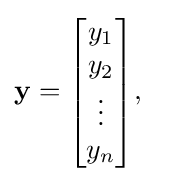
\mathbf {y} ={\begin{bmatrix}y_{1}\\y_{2}\\\vdots \\y_{n}\end{bmatrix}},\quad